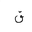
Letter: _qaf